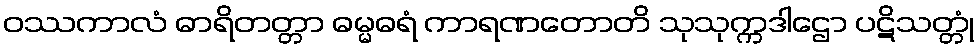
ဝဿကာလံ ဓာရိတတ္တာ ဓမ္မဓရံ ကာရဏတောတိ သုသုက္ကဒါဌော ပဋိသတ္တုံ